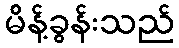
မိန့်ခွန်းသည်